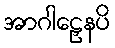
အာဂါဠှေနပိ